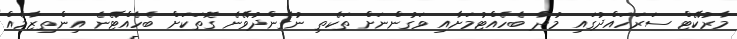
މާރުކޭޓް ސަރަހައްދުގައި މުދާ ބެހެއްޓުމަށާއި ވަގުންނަށް ތަކެތި ނުގެންދުވޭނެ ގޮތަކަށް ބެހެއްޓޭނެ އިންތިޒާމެއް